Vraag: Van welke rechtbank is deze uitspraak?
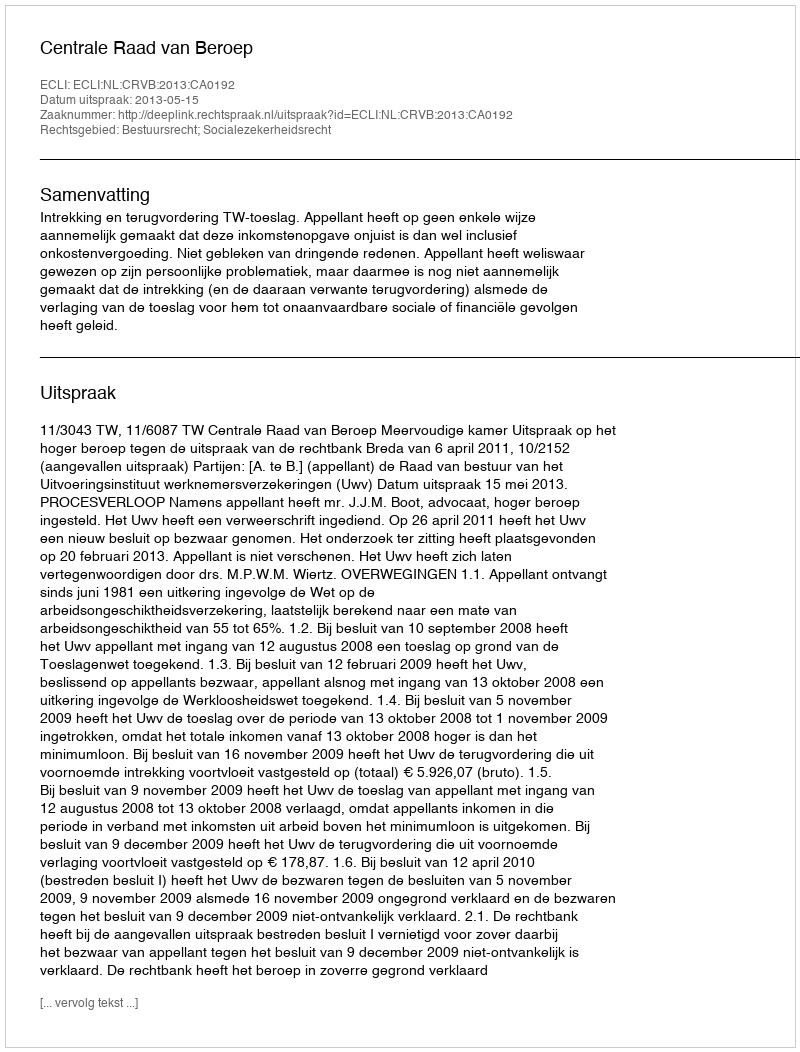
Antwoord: Centrale Raad van Beroep